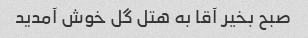
صبح بخیر آقا به هتل گل خوش آمدید